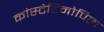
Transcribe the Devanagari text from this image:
कांस्टेटिनोपिल